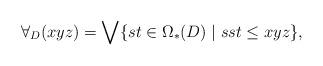
LaTeX: \begin{align*}\forall_D(xyz) = \bigvee \{st \in \Omega_\ast(D) \mid sst \leq xyz\},\end{align*}